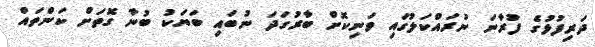
ދަރިފުޅުގެ ފުރާނަ ނުރައްކަލުގައި ވަނިކޮށް ބާރުގަދަ ނުބައި ބަޔަކު ބުނާ ގޮތަށް ކަންތައް